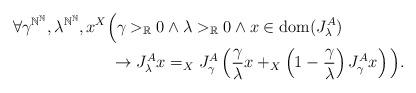
LaTeX: \begin{align*}&\forall \gamma^{\mathbb{N}^\mathbb{N}},\lambda^{\mathbb{N}^\mathbb{N}},x^X\Big(\gamma>_\mathbb{R}0\land\lambda>_\mathbb{R}0\land x\in\mathrm{dom}(J^A_\lambda)\\&\qquad\qquad\qquad\rightarrow J^A_\lambda x=_X J^A_{\gamma}\left(\frac{\gamma}{\lambda} x+_X\left(1-\frac{\gamma}{\lambda}\right)J^A_\gamma x\right)\Big).\end{align*}